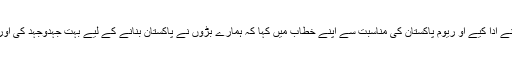
اسٹیج سیکرٹری کے فرائض عبدالسلام فرید نے ادا کیے او ریوم پاکستان کی مناسبت سے اپنے خطاب میں کہا کہ ہمارے بڑوں نے پاکستان بنانے کے لیے بہت جہدوجہد کی اور بڑی قربانیوں کے بعد پاکستان حاصل کیا ۔